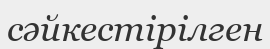
сәйкестірілген